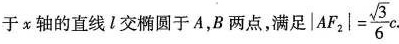
于x轴的直线l交圆于A，B两点，满足| $$ |AF_{2}| = \frac{\sqrt{3}}{6}c $$.